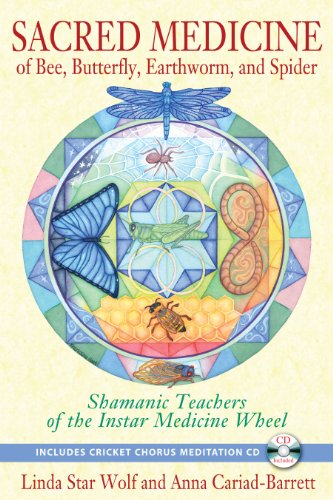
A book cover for Sacred Medicine of Bee, Butterfly, Earthworm, and Spider: Shamanic Teachers of the Instar Medicine Wheel; Linda Star Wolf; Religion & Spirituality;